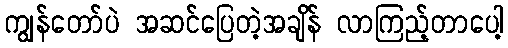
ကျွန်တော်ပဲ အဆင်ပြေတဲ့အချိန် လာကြည့်တာပေါ့